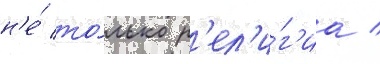
н'е́ то́лько р'ел'и́г'иа /